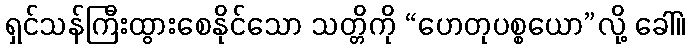
ရှင်သန်ကြီးထွားစေနိုင်သော သတ္တိကို “ဟေတုပစ္စယော”လို့ ခေါ်။